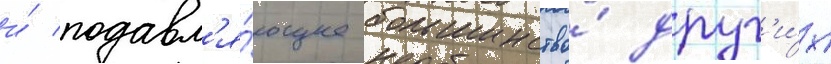
и́ подавл'я́ющее большинство́ друг'и́х